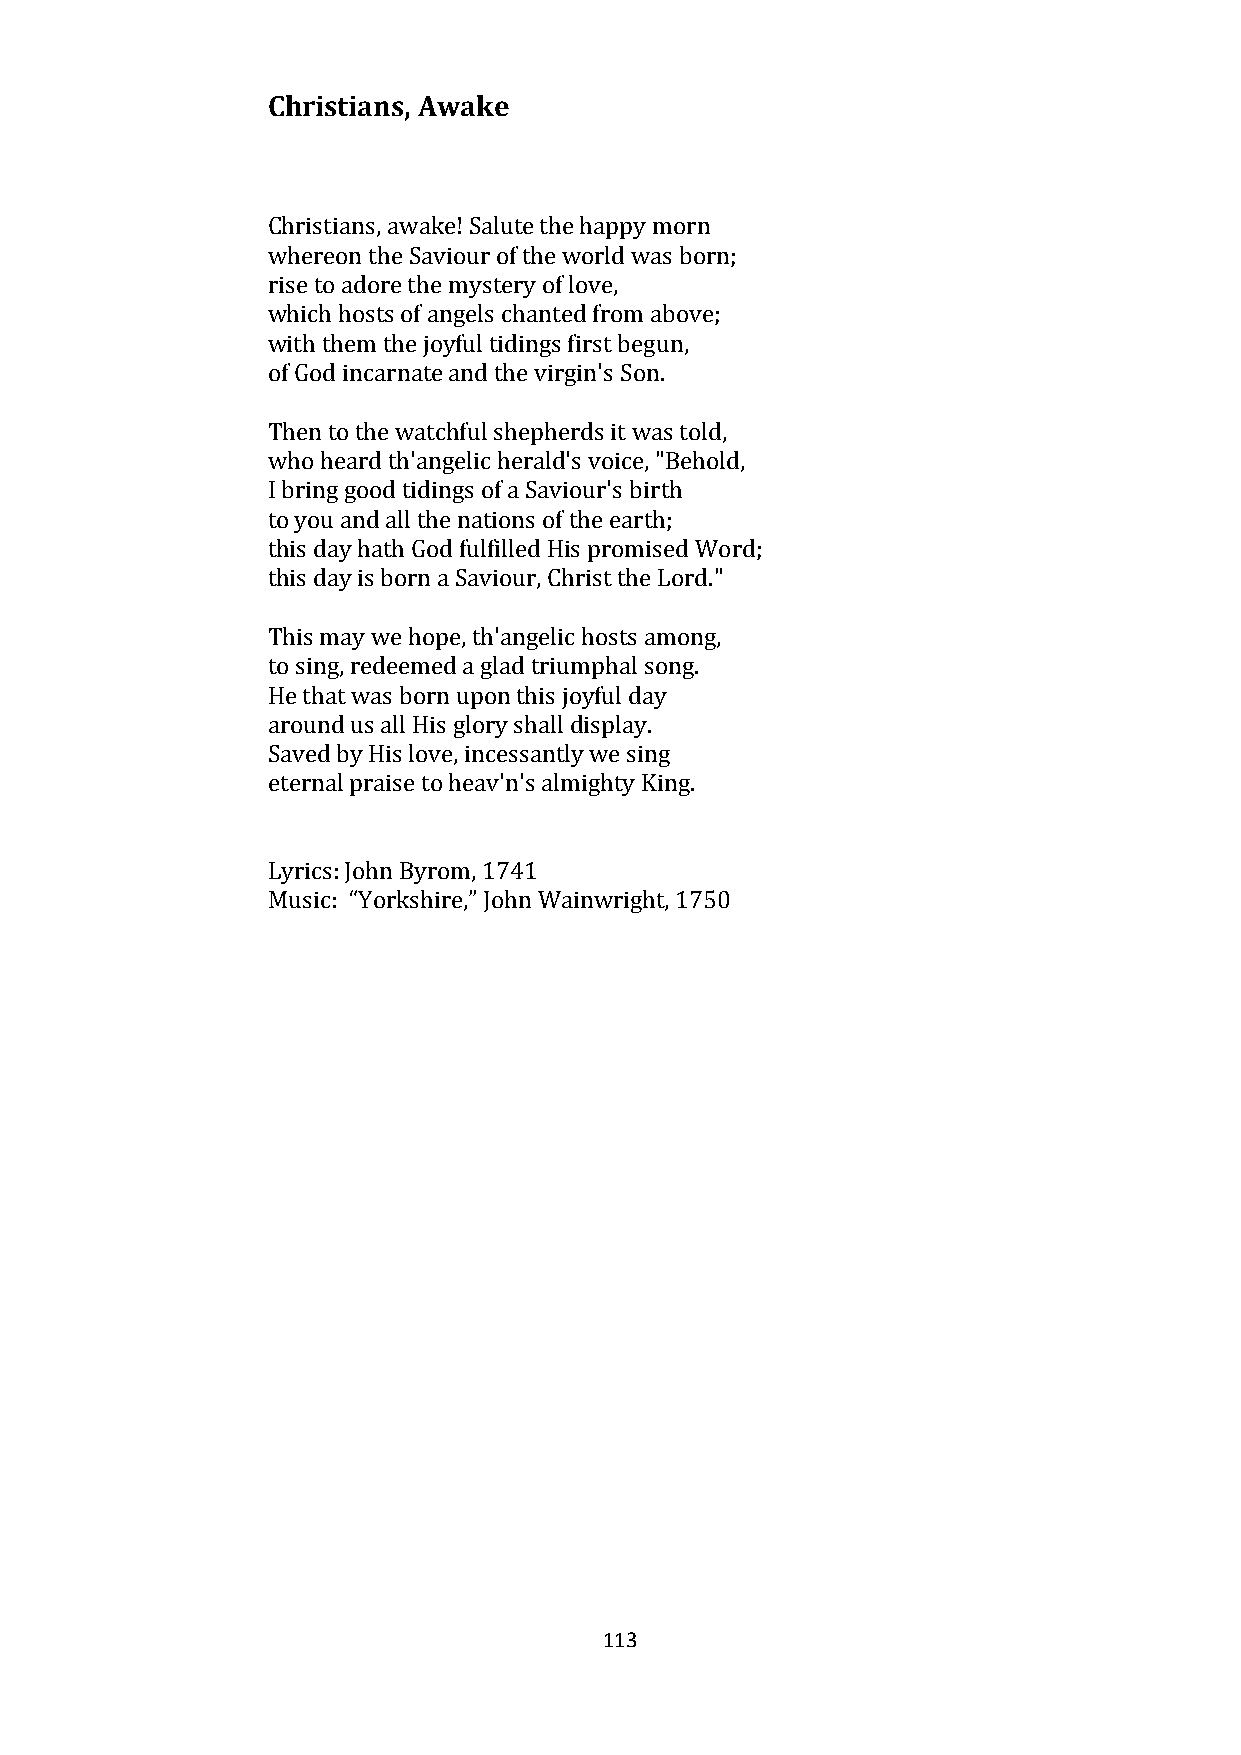
Christians, Awake
 Christians, awake! Salute the happy morn
 whereon the Saviour of the world was born;
 rise to adore the mystery of love,
 which hosts of angels chanted from above;
 with them the joyful tidings first begun,
 of God incarnate and the virgin's Son.
 Then to the watchful shepherds it was told,
 who heard th'angelic herald's voice, "Behold,
 I bring good tidings of a Saviour's birth
 to you and all the nations of the earth;
 this day hath God fulfilled His promised Word;
 this day is born a Saviour, Christ the Lord."
 This may we hope, th'angelic hosts among,
 to sing, redeemed a glad triumphal song.
 He that was born upon this joyful day
 around us all His glory shall display.
 Saved by His love, incessantly we sing
 eternal praise to heav'n's almighty King.
 Lyrics: John Byrom, 1741
 Music: “Yorkshire,” John Wainwright, 1750
 113